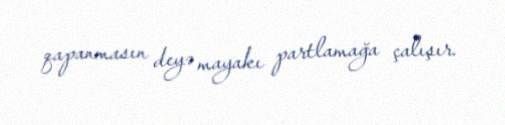
qapanmasın deyə mayakı partlamağa çalışır.